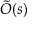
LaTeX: { \tilde { O } } ( s )